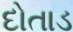
દોતાડ